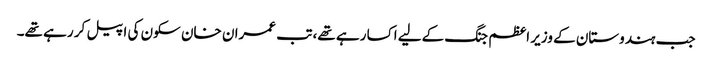
جب ہندوستان کے وزیر اعظم جنگ کےلیے اکسا رہے تھے، تب عمران خان سکون کی اپیل کر رہے تھے۔